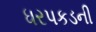
ધરપકડની